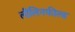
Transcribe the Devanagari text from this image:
लीलिनफील्ड